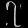
Digit: ၇